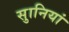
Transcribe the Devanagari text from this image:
सुानियां